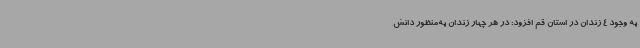
به وجود 4 زندان در استان قم افزود: در هر چهار زندان به‌منظور دانش